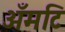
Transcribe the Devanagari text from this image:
अँमटि